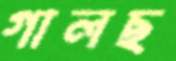
গালছ